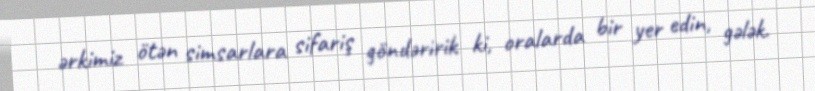
ərkimiz ötən simsarlara sifariş göndəririk ki, oralarda bir yer edin, gələk.